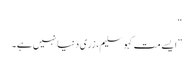
“
”ایسے مت کہو سلیم، زری دنیا نہیں ہے۔